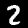
Label: 2